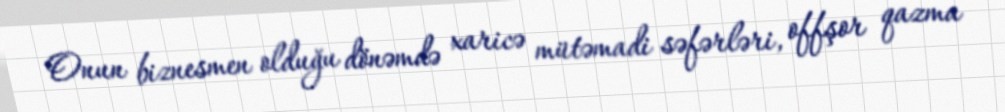
Onun biznesmen olduğu dönəmdə xaricə mütəmadi səfərləri, offşor qazma